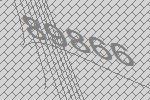
89866